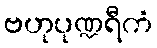
ဗဟုပုဏ္ဍရီကံ